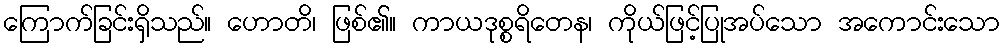
ကြောက်ခြင်းရှိသည်။ ဟောတိ၊ ဖြစ်၏။ ကာယဒုစ္စရိတေန၊ ကိုယ်ဖြင့်ပြုအပ်သော အကောင်းသော